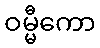
ဝမ္မီကော